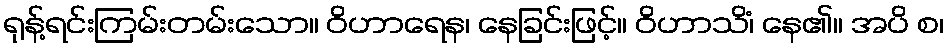
ရုန့်ရင်းကြမ်းတမ်းသော။ ဝိဟာရေန၊ နေခြင်းဖြင့်။ ဝိဟာသိံ၊ နေ၏။ အပိ စ၊